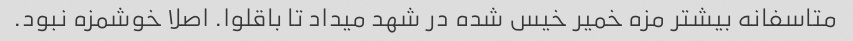
متاسفانه بیشتر مزه خمیر خیس شده در شهد میداد تا باقلوا. اصلا خوشمزه نبود.